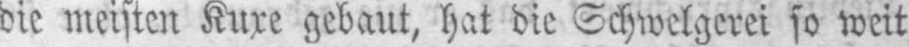
die meisten Kuxe gebaut, hat die Schwelgerei so weit